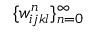
\{ w _ { i j k l } ^ { n } \} _ { n = 0 } ^ { \infty }